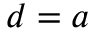
d = a